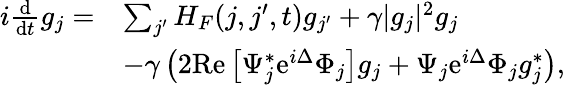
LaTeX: \begin{array}{rl}{i\frac{\mathrm d}{\mathrm dt}g_{j}=}&{\sum_{j^{\prime}}H_{F}(j,j^{\prime},t)g_{j^{\prime}}+\gamma|g_{j}|^{2}g_{j}}\\ &{-\gamma\left(2\mathrm{Re}\left[\Psi_{j}^{*}\mathrm{e}^{i\Delta}\Phi_{j}\right]g_{j}+\Psi_{j}\mathrm{e}^{i\Delta}\Phi_{j}g_{j}^{*}\right),}\end{array}